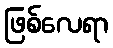
ဖြစ်လေရာ